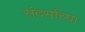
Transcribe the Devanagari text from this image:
संदर्भांच्या